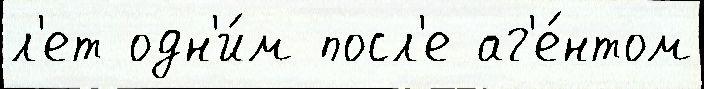
л'ет одн'и́м посл'е аг'е́нтом